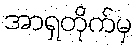
အာရှတိုက်မှ